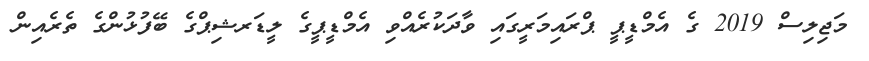
މަޖިލިސް 2019 ގެ އެމްޑީޕީ ޕްރައިމަރީގައި ވާދަކުރެއްވި އެމްޑީޕީގެ ލީޑަރޝިޕްގެ ބޭފުޅުންގެ ތެރެއިން